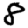
Digit: 8